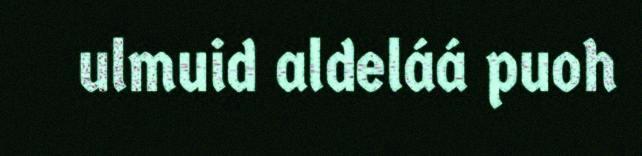
ulmuid aldeláá puoh